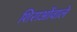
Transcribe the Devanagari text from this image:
शिराओंवाले